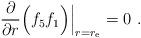
LaTeX: \begin{align*}\frac{\partial}{\partial r} \Big( f_5 f_1 \Big) \Big|_{r=r_{\rm e}} = 0\ .\end{align*}